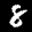
Label: 8